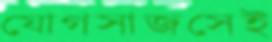
যোগসাজসেই